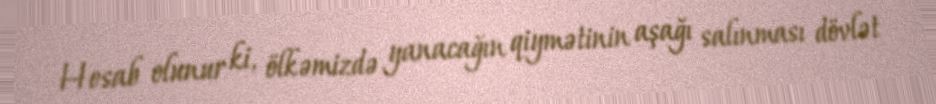
Hesab olunur ki, ölkəmizdə yanacağın qiymətinin aşağı salınması dövlət